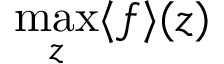
\operatorname* { m a x } _ { z } \langle f \rangle ( z )